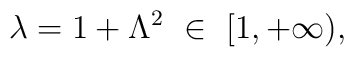
\lambda = 1 + \Lambda^2 \ \in\ [1, +\infty),